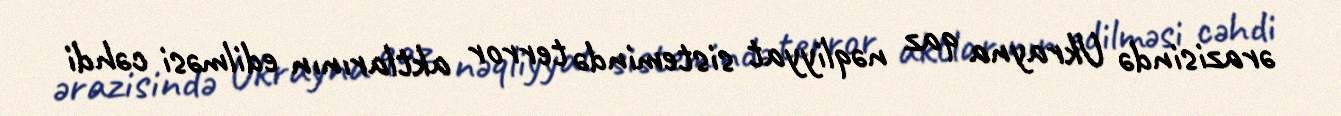
ərazisində Ukrayna qaz nəqliyyat sistemində terror aktlarının edilməsi cəhdi